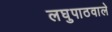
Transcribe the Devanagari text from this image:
लघुपाठवाले